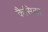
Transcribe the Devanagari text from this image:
कैसिका